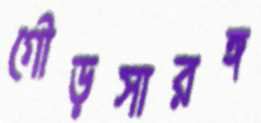
গৌড়সারঙ্গ